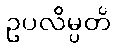
ဥပလိမ္ပတိ